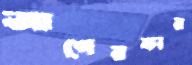
আগেরকার